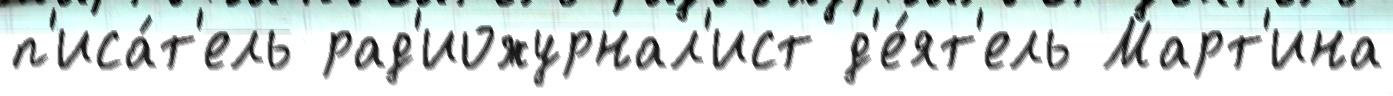
п'иса́т'ель рад'иожурнал'ист д'е́ят'ель Март'ина